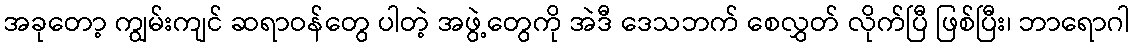
အခုတော့ ကျွမ်းကျင် ဆရာဝန်တွေ ပါတဲ့ အဖွဲ့တွေကို အဲဒီ ဒေသဘက် စေလွှတ် လိုက်ပြီ ဖြစ်ပြီး၊ ဘာရောဂါ